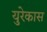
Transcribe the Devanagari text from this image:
युरेकास